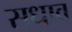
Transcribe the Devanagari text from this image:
सधाव